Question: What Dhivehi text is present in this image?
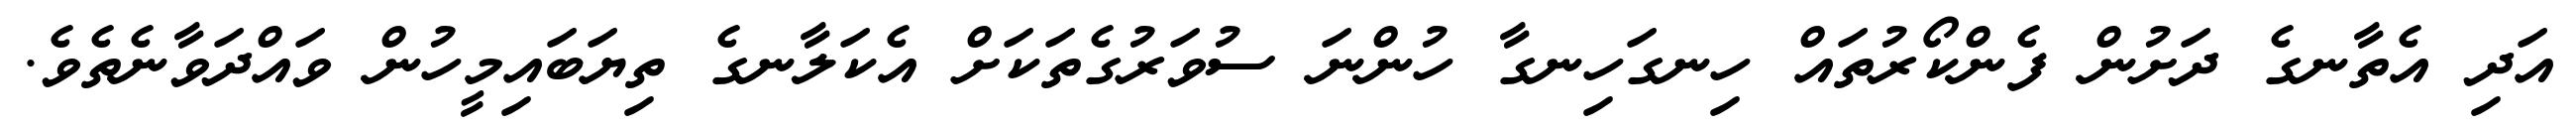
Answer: އަދި އެތާނގެ ދަށުން ފެންކޯރުތައް ހިނގަހިނގާ ހުންނަ ސުވަރުގެތަކަށް އެކަލާނގެ ތިޔަބައިމީހުން ވައްދަވާނެތެވެ.